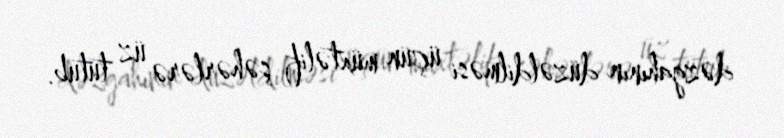
dəzgahının düzəldilməsi üçün müxtəlif şəhərlərə üz tutub.